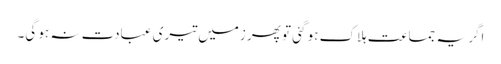
اگر یہ جماعت ہلاک ہو گئی تو پھر زمیں تیری عبادت نہ ہو گی۔